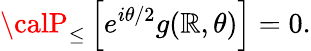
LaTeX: {\calP}_{\leq}\left[e^{i\theta/2}g(\mathbb{R},\theta)\right]=0.